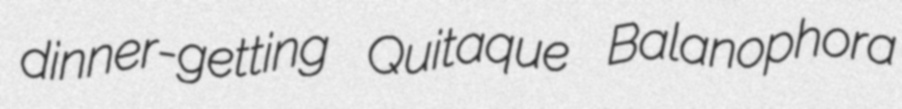
dinner-getting Quitaque Balanophora